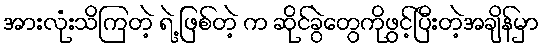
အားလုံးသိကြတဲ့ ရဲ့ ဖြစ်တဲ့ က ဆိုင်ခွဲတွေကိုဖွင့်ပြီးတဲ့အချိန်မှာ